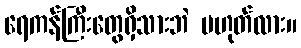
ရေကန်ကြီးတွေရှိသားဘဲ မဟုတ်လား။